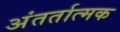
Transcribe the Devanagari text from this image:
अंतर्तात्मक